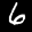
Label: 6